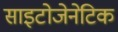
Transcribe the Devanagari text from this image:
साइटोजेनेटिक